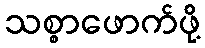
သစ္စာဖောက်ဖို့